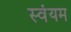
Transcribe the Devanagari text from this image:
स्‍वंयम